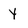
Character: Y